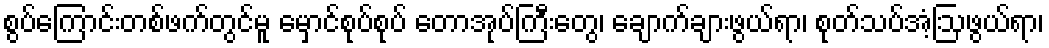
စွပ်ကြောင်းတစ်ဖက်တွင်မူ မှောင်စုပ်စုပ် တောအုပ်ကြီးတွေ၊ ချောက်ချားဖွယ်ရာ၊ စုတ်သပ်အံ့ဩဖွယ်ရာ၊